Insane asylums in Bengal annual reports 1867-1875 - 1867-1875
Year: 1867
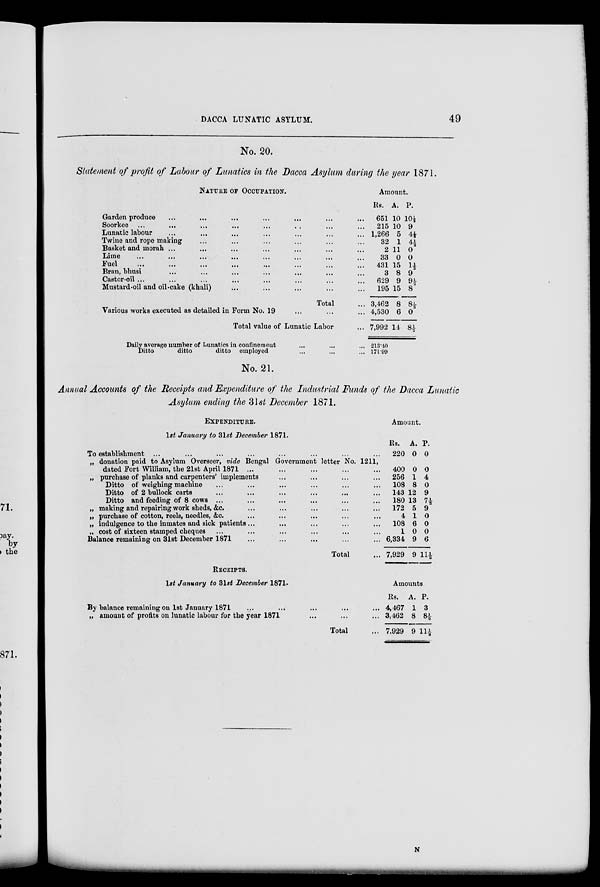
DACCA LUNATIC ASYLUM.
49
No. 20.
Statement of profit of Labour of Lunatics in the Dacca Asylum during the year 1871.
NATURE OF OCCUPATION.
Garden produce ... ... ... ... ... ... ...
Soorkee ... ... ... ... ... ... ... ...
Lunatic labour ... ... ... ... ... ... ...
Twine and rope making ... ... ... ... ... ...
Basket and morah ... ... ... ... ... ... ...
Lime ... ... ... ... ... ... ... ...
Fuel ... ... ... ... ... ... ... ...
Bran, bhusi ... ... ... ... ... ... ...
Castor-oil ... ... ... ... ... ... ... ...
Mustard-oil and oil-cake (khali) ... ... ... ... ...
Total ...
Various works executed as detailed in Form No. 19 ... ... ...
Total value of Lunatic Labor ...
Amount.
Rs.
651
215
1,266
32
2
33
431
3
629
195
3,462
4,530
7,992
A.
10
10
5
1
11
0
15
8
9
15
8
6
14
P.
10½
9
4½
4½
0
0
1½
9
9½
8
8½
0
8½
Daily average number of Lunatics in confinement ... ... ...
Ditto
ditto
ditto employed ... ... ...
213.40
171.99
No. 21.
Annual Accounts of the Receipts and Expenditure of the Industrial Funds of the Dacca Lunatic
Asylum ending the 31st December 1871.
EXPENDITURE.
1st January to 31st December 1871.
To establishment ... ... ... ... ... ... ... ...
„ donation paid to Asylum Overseer, vide Bengal Government letter No. 1211,
dated Fort William, the 21st April 1871 ... ... ... ... ...
„ purchase of planks and carpenters' implements ... ... ... ...
Ditto of weighing machine ... ... ... ... ... ...
Ditto of 2 bullock carts ... ... ... ... ... ...
Ditto and feeding of 8 cows ... ... ... ... ... ...
„ making and repairing work sheds, &c. ... ... ... ... ...
„ purchase of cotton, reels, needles, &c. ... ... ... ... ...
„ indulgence to the inmates and sick patients... ... ... ... ...
„ cost of sixteen stamped cheques ... ... ... ... ... ...
Balance remaining on 31st December 1871
...
... ... ... ...
Total ...
Amount.
Rs.
220
400
256
108
143
180
172
4
108
1
6,334
7,929
A.
0
0
1
8
12
13
5
1
6
0
9
9
P.
0
0
4
0
9
7½
9
0
0
0
6
11½
RECEIPTS.
1st January to 31st December 1871.
By balance remaining on 1st January 1871 ... ... ... ... ...
„ amount of profits on lunatic labour for the year 1871 ... ... ...
Total ...
Amounts
Rs.
4,467
3,462
7,929
A.
1
8
9
P.
3
8½
11½
N